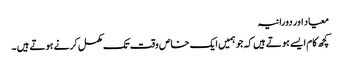
معیاد اور دورانیہ
کچھ کام ایسے ہوتے ہیں کہ جو ہمیں ایک خاص وقت تک مکمل کرنے ہوتے ہیں ۔